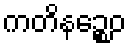
ကတိနဉ္စေဝ